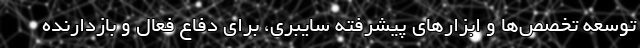
توسعه تخصص‌ها و ابزارهای پیشرفته سایبری، برای دفاع فعال و بازدارنده